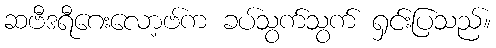
ဆဗီဒရီဂေးလော့ဗ်က ခပ်သွက်သွက် ရှင်းပြသည်။